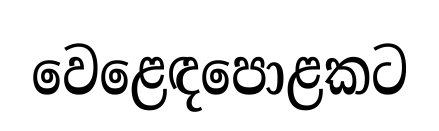
වෙළෙඳපොළකට